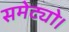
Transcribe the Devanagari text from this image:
समेट्यो।